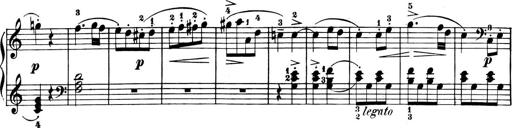
Title: 6 Piano Sonatinas
Composer: Cornelius Gurlitt